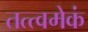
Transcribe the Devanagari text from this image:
तत्त्वमेकं